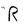
Character: R